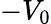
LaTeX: -V_{0}